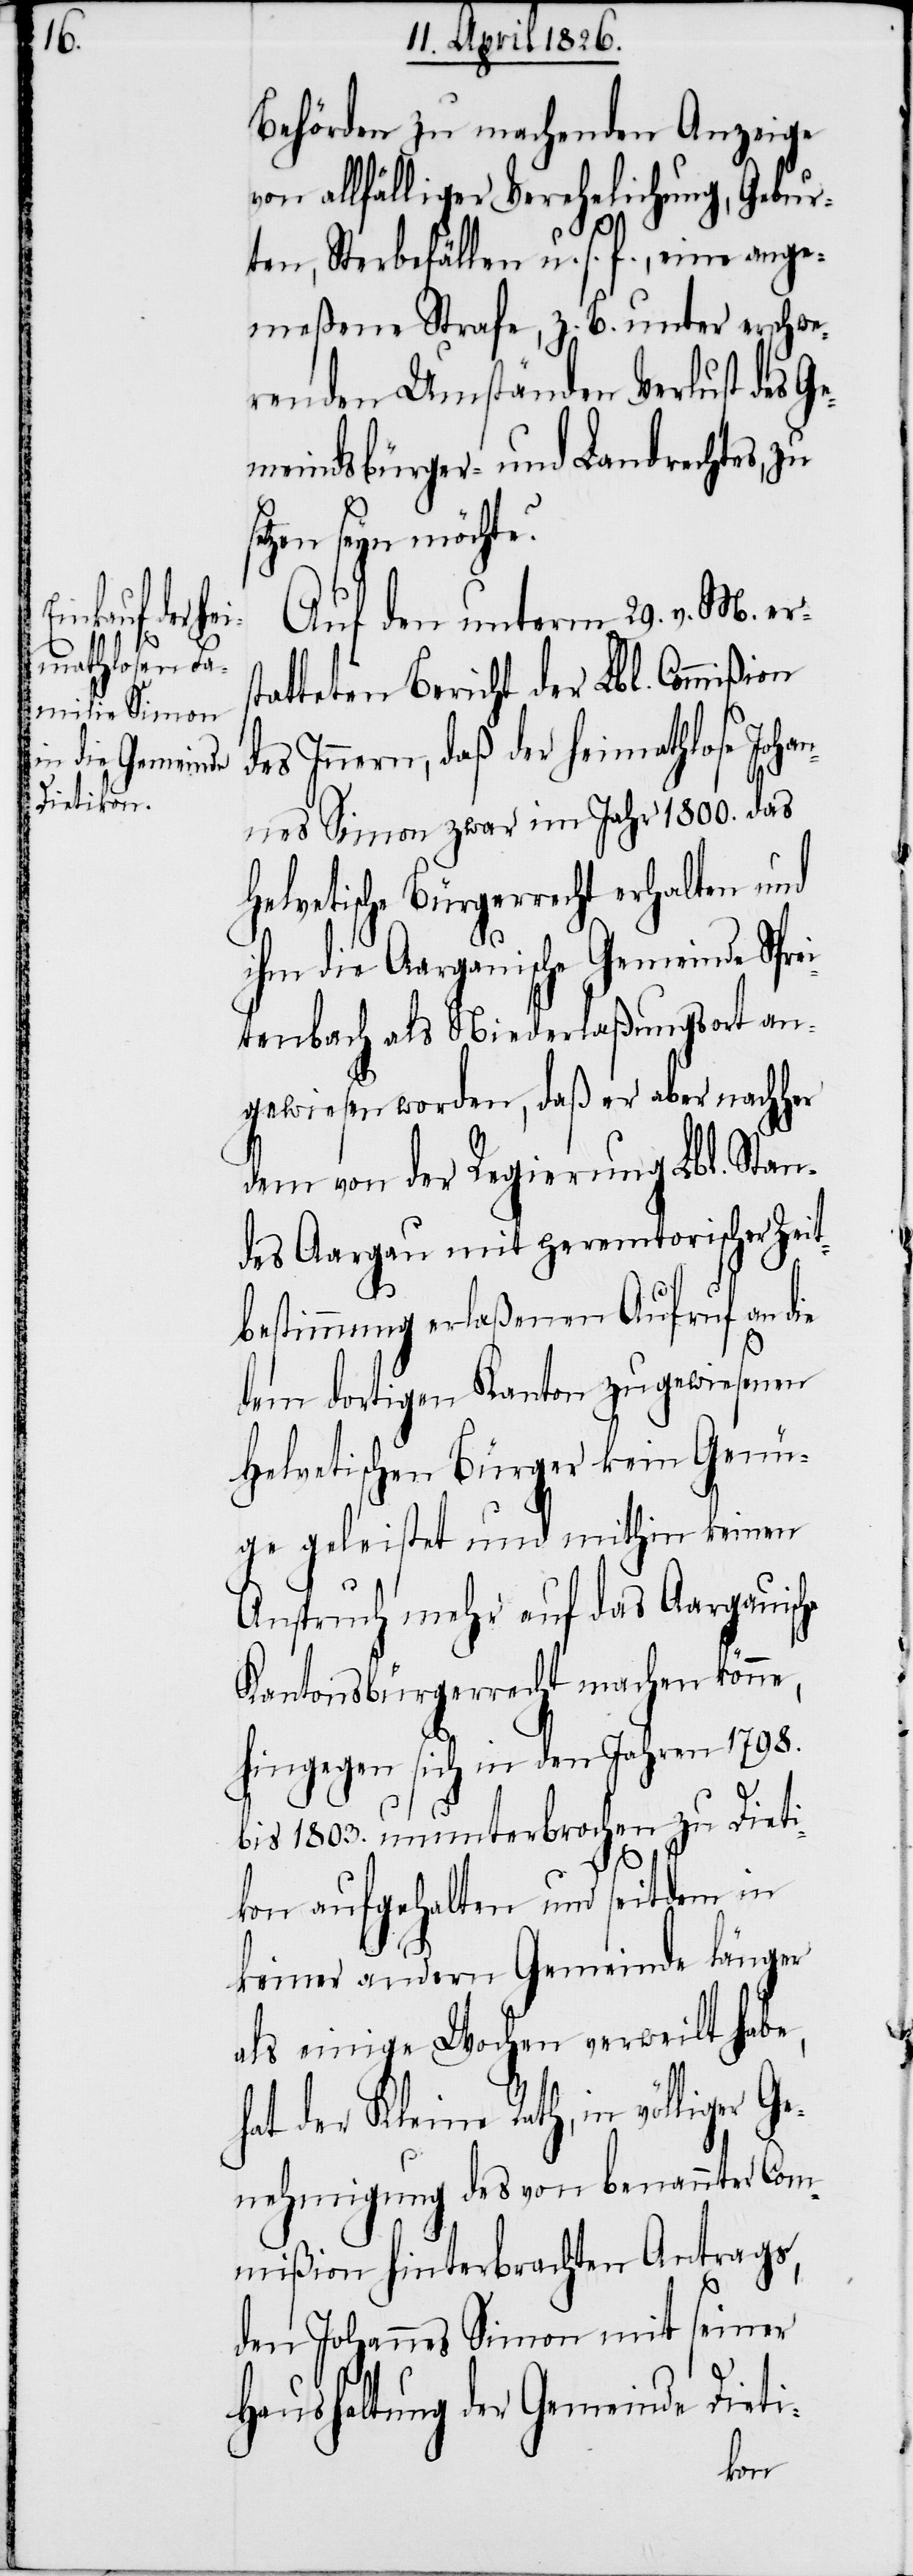
lliger Ge¬

Behörden zu machenden Anzeige
von allfälliger Verehelichung, Gebur¬
ten, Sterbefällen u. s. f., eine ange¬
meßene Strafe, z. B. unter erschwe¬
renden Umständen Verlust des Ge¬
meindsbürger- und Landrechtes, zu
tzen seyn möchte?
Auf den unterm 29. v. M. ers¬
tatteten Bericht der Lbl. Commißion
des Innern, daß der heimathlose Johan¬
nes Simon zwar im Jahr 1800. das
Helvetische Bürgerrecht erhalten und
ihm die Aargauische Gemeinde Spre¬
itenbach als Niederlaßungsort an¬
gewiesen worden, daß er aber nachher
dem von der Regierung Lbl. Stan¬
des Aargau mit peremtorischer Zeit¬
bestimmung erlaßenen Aufruf an die
se¬
dem dortigen Kanton zugewiesenen
Helvetischen Bürger kein Genü¬
gen geleistet und mithin keinen
Anspruch mehr auf das Aargauische
Kantonsbürgerrecht machen könne,
hingegen sich in den Jahren 1798.
bis 1803. ununterbrochen zu Dieti¬
kon aufgehalten und seitdem in
keiner andern Gemeinde länger
als einige Wochen verweilt habe,
hat der Kleine Rath, in vö¬
nehmigung des von benannter Com¬
mißion hinterbrachten Antrags,
den Johannes Simon mit seiner
Haushaltung der Gemeinde Dieti-